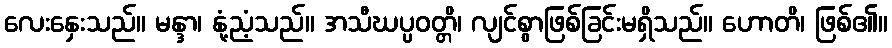
လေးနှေးသည်။ မန္ဒာ၊ နုံ့ညံ့သည်။ အသီဃပ္ပဝတ္တိ၊ လျင်စွာဖြစ်ခြင်းမရှိသည်။ ဟောတိ၊ ဖြစ်၏။